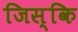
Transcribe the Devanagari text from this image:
जिस्कि